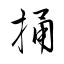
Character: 捅